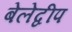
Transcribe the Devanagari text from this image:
बेलेद्वीप